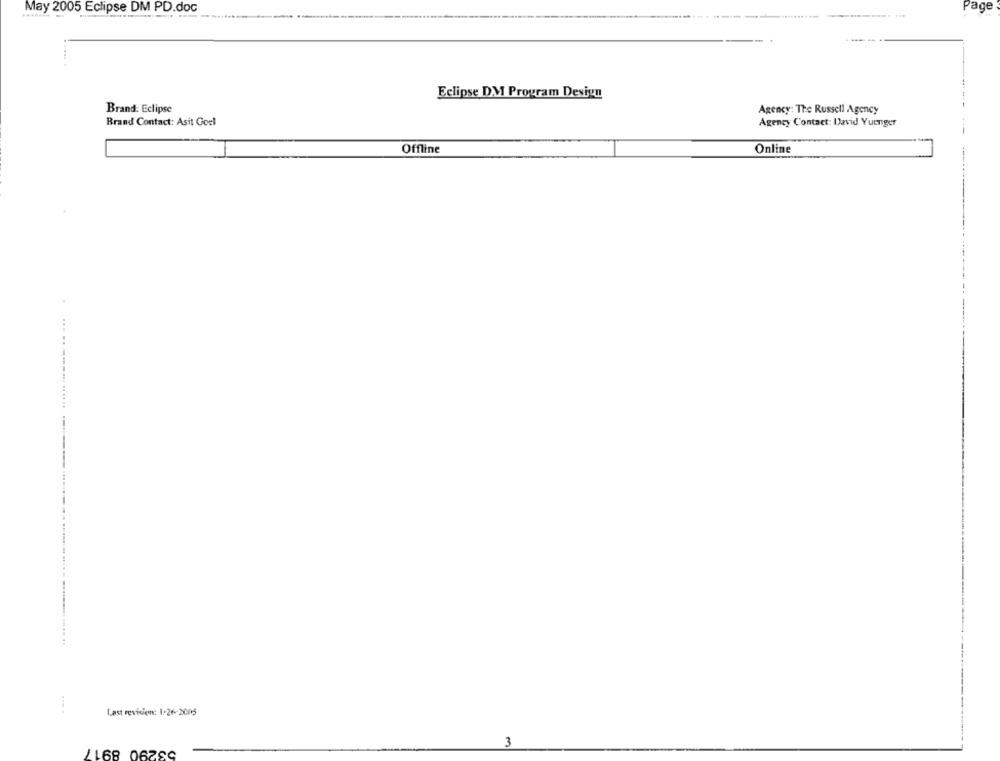
Page
May 2005 Eclipse DM PD.doc
... .
Eclipse DM Program Design
Brand: Eclipse
Agency: The Russell Agency
Brand Contact: Asit Goel
Agency Contact: David Yuenger
Offline
Online
------
Last reviciem: 1:26-2005
3
/168 06Z